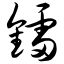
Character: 镭